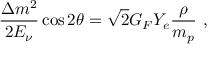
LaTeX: \frac { \Delta m ^ { 2 } } { 2 E _ { \nu } } \cos 2 \theta = \sqrt { 2 } G _ { F } Y _ { e } \frac { \rho } { m _ { p } } \ ,